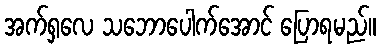
အက်ရှလေ သဘောပေါက်အောင် ပြောရမည်။